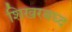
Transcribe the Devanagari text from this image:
शिखरबध्द